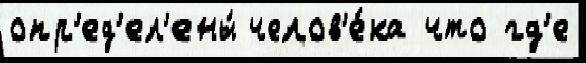
опр'ед'ел'ены́ челов'е́ка что гд'е